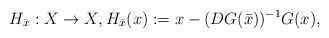
\begin{align*}H_{\bar{x}}: X\to X,H_{\bar{x}} (x) := x - (DG(\bar{x}))^{-1} G(x),\end{align*}